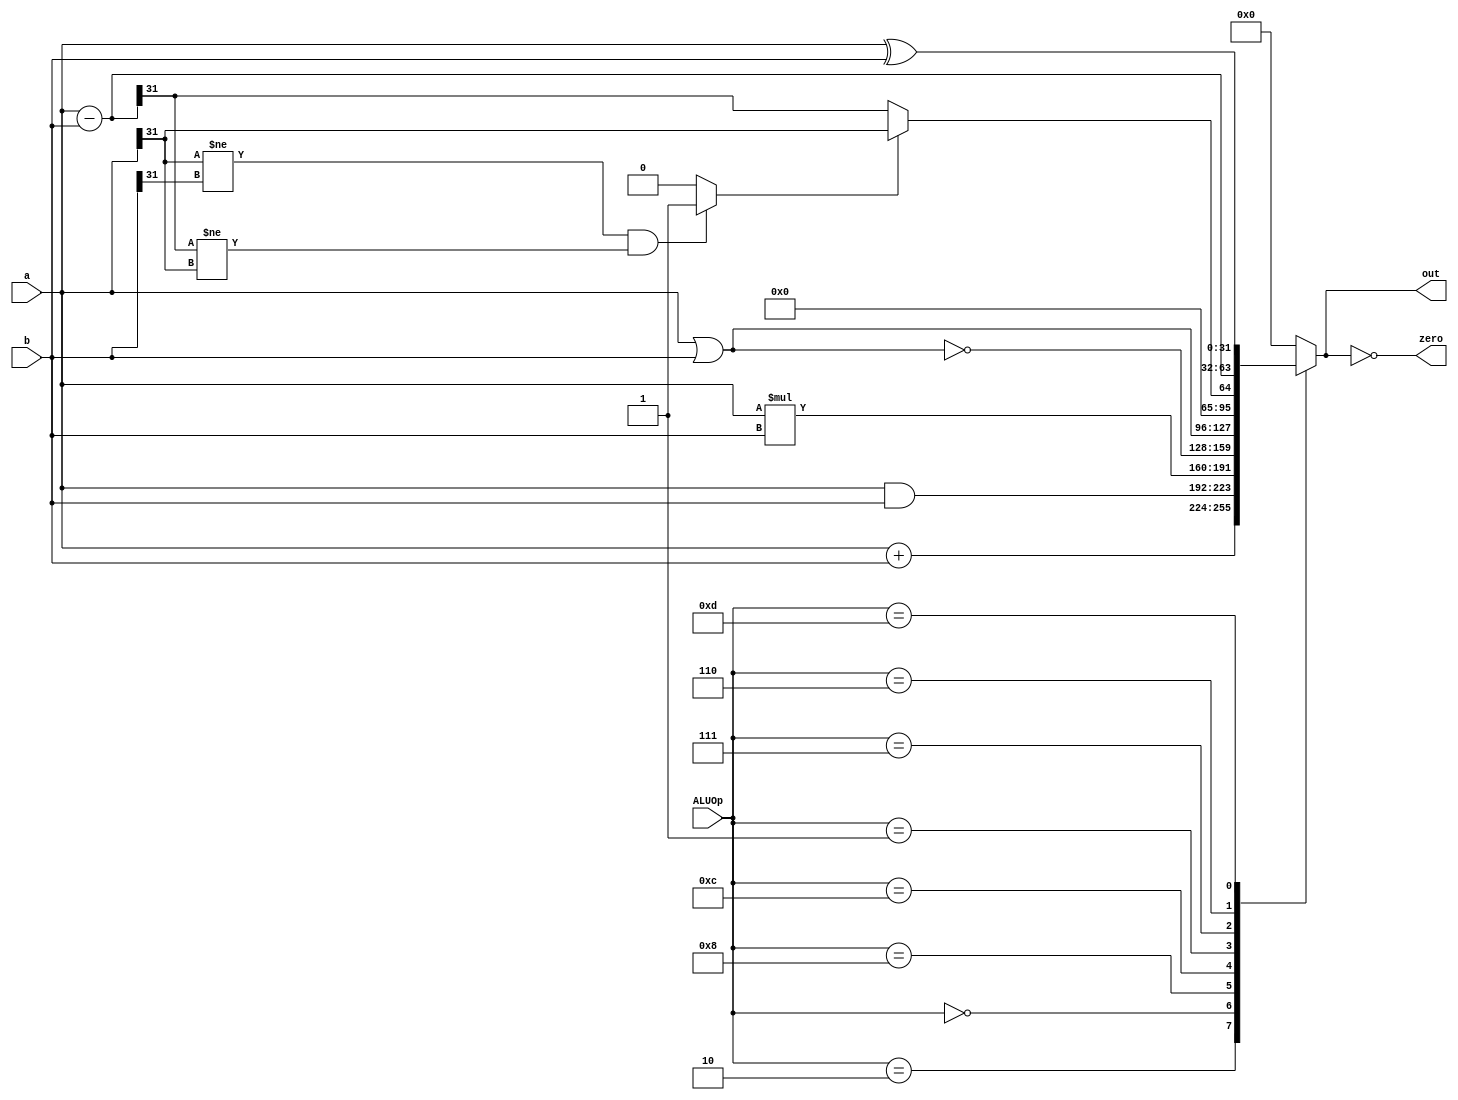
module ALU(
		input [3:0] ALUOp,
		input [31:0] a, b,
		output reg [31:0] out,
		output zero );

wire [31:0] sub_ab;
wire [31:0] add_ab;
wire [31:0] mult_ab;
wire oflow_add, oflow_sub, oflow, slt;
//reg slt;

assign zero = (0 == out); // true or false
assign sub_ab = a - b;
assign add_ab = a + b;
assign mult_ab = a * b;

// overflow detection
assign oflow_add = (a[31] == b[31] && add_ab[31] != a[31]) ? 1 : 0; // overflow
assign oflow_sub = (a[31] != b[31] && sub_ab[31] != a[31]) ? 1 : 0; // overflow, If the latter is greater in absolute value, oflow_sub is 1.
	//a[31] == b[31] ==> a[31] != b[31]
assign oflow = (ALUOp == 4'b0010) ? oflow_add : oflow_sub;
assign slt = oflow_sub ? a[31] : sub_ab[31];
	//~(a[31]) : a[31] ==> a[31] : sub_ab[31]

//always @(*)
//begin
//	if (a[31] == 1'b1 && b[31] == 1'b0) slt = 1;
//	else if (a[31] == 1'b0 && b[31] == 1'b1) slt = 0;
//	else if (a[31] == b[31] && sub_ab[31] == 1'b1) slt = 1;
//	else if (a[31] == b[31] && sub_ab[31] == 1'b0) slt = 0;
//end

always @(*) 
begin
	case (ALUOp)
		4'b0010  : out = add_ab;		/* add */
		4'b0000  : out = a & b;			/* and */
		4'b1000  : out = mult_ab;		/* mult */
		4'b1100  : out = ~(a | b);		/* nor */
		4'b0001  : out = a | b;			/* or */
		4'b0111  : out = {31'd0, slt};		/* slt */
		4'b0110  : out = sub_ab;		/* sub */
		4'b1101  : out = a ^ b;			/* xor */
		default  : out = 0;
	endcase
end
endmodule